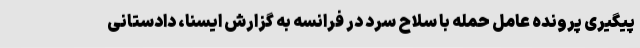
پیگیری پرونده عامل حمله با سلاح سرد در فرانسه به گزارش ایسنا، دادستانی